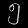
Digit: ၅